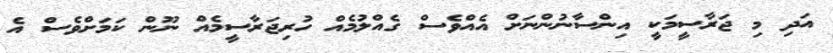
އަދި މި ޖަރާސީމަކީ އިންސާނުންނަށް އެއްވެސް ގެއްލުމެއް ހުރިޖަރާސީމެއް ނޫން ކަމަށްވެސް އެ